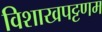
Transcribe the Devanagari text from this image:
विशाखपट्टणम